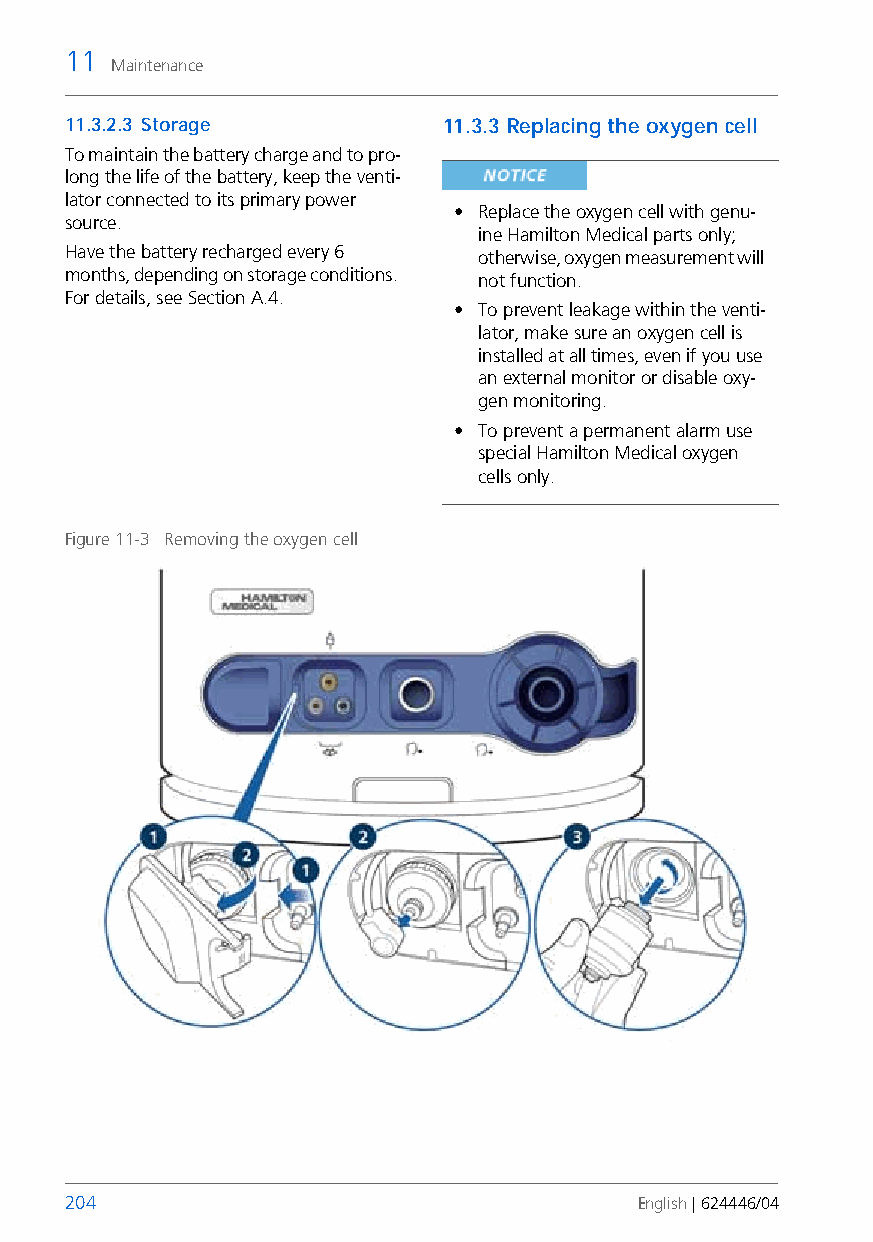
11
 Maintenance
 11.3.2.3 Storage         11.3.3 Replacing the oxygen cell
 To maintain the battery charge and to pro-
 long the life of the battery, keep the venti-
 lator connected to its primary power
 • Replace the oxygen cell with genu-
 source.
 ine Hamilton Medical parts only;
 Have the battery recharged every 6 otherwise, oxygen measurement will
 months, depending on storage conditions. not function.
 For details, see Section A.4.
 • To prevent leakage within the venti-
 lator, make sure an oxygen cell is
 installed at all times, even if you use
 an external monitor or disable oxy-
 gen monitoring.
 • To prevent a permanent alarm use
 special Hamilton Medical oxygen
 cells only.
 Figure 11-3 Removing the oxygen cell
 204                                   English | 624446/04